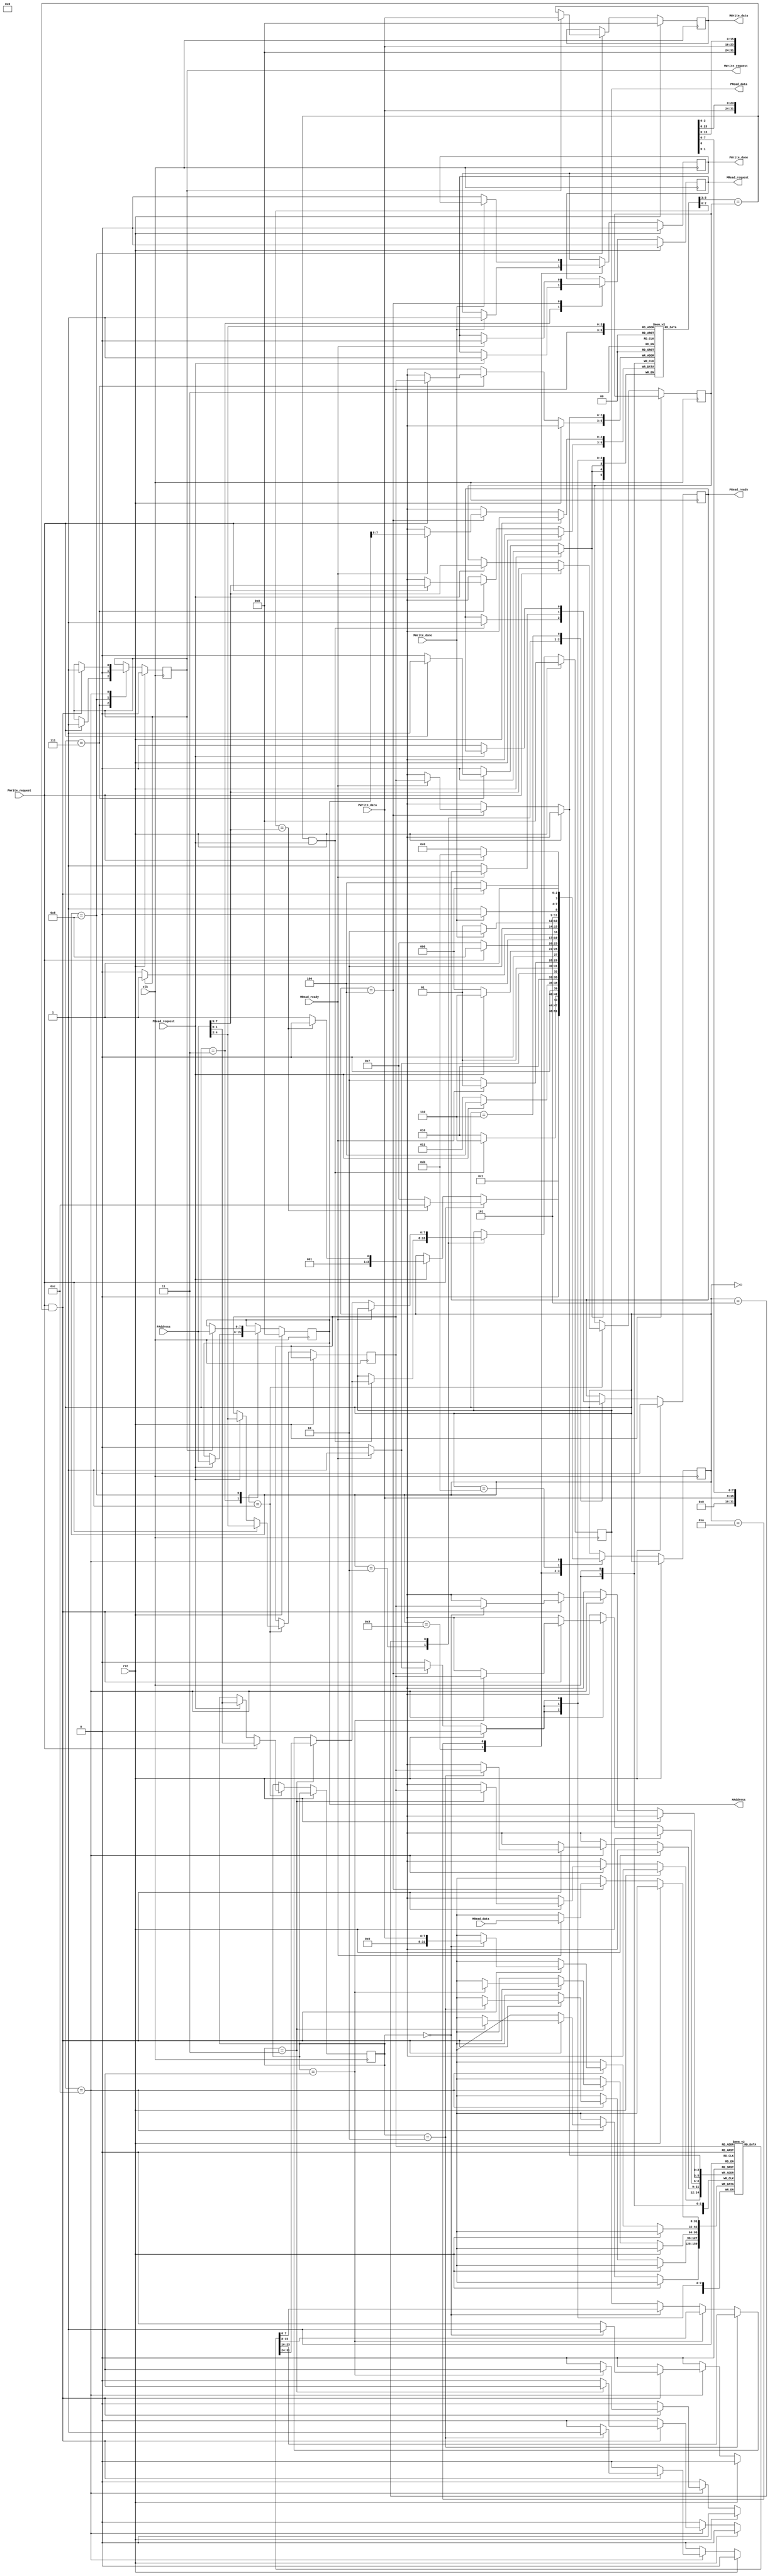
`timescale 1ns / 1ps

module cache(
PRead_request,PWrite_request,PWrite_data,PAddress,PRead_data,PRead_ready,PWrite_done,MRead_request,MWrite_request,MWrite_data,MAddress,MRead_data,MRead_ready,MWrite_done,clk,rst
    );
input PRead_request;
input PWrite_request;
input [7:0] PWrite_data;
input [7:0] PAddress;
output reg [7:0] PRead_data;
output reg PRead_ready;
output reg PWrite_done;

output reg MRead_request;
output reg MWrite_request;
output reg [7:0] MWrite_data;
output reg [7:0] MAddress;
input [31:0] MRead_data;
input MRead_ready;
input MWrite_done;
input clk,rst; 
    reg valid_bit [7:0];//one bit of valid data for each cache memory block
    reg [2:0] tag;//tag bits
    reg [2:0] index;//defines which block is selected in the cache memory
    reg [1:0] byte_offset;//defines which byte of a specific block is selected in cache memory
    reg [2:0] cache_tag_table [7:0];//cache tag table 
    reg [31:0] cache_memory [7:0];//cache memory 
    integer i =0;
    initial begin
   
   
    end
    reg [3:0] state=0;//states initialised
   
    always @(posedge clk)
    begin
    
    if(rst)//when we give reset signal
    begin
    for(i=0;i<8;i=i+1)begin//valid bits
     valid_bit[i]<=0;
    end
     MAddress<=0;
     MWrite_data<=0;
     MWrite_request<=0;
     MRead_request<=0;
     PRead_data<=0;
     PWrite_done<=0;
     PRead_ready<=0;
        
    end
    else begin// when reset is made zero
    case (state)
    0: begin
     for(i=0;i<8;i=i+1)begin
       valid_bit[i]<=1;//valid bits are made 8'hff
       end
           
    state<=1;
      end
    1:begin
      if(PRead_request==1)begin//when processor requests to read data
    tag=PAddress[7:5];//decomposing address into tag,index and byte_offset bits
    index=PAddress[4:2];
    byte_offset=PAddress[1:0];

    if(cache_tag_table[index]== tag)//checking for hit
    state<=2;//for hit read
    else
    state<=3;//for miss read
     
    end
    if(PWrite_request==1)begin//when processor requests to write data
    tag=PAddress[7:5];//decomposing address into tag,index and byte_offset bits
    index=PAddress[4:2];
    byte_offset=PAddress[1:0];

    if(cache_tag_table[index]== tag)//checking for hit
    state<=12;//for hit write
    else
    state<=7;//for miss write
      
      
    end
    end
    2: begin
  
  
    if(cache_tag_table[index]== tag && PRead_request==1)//when it is read hit
    begin
    if(byte_offset==2'd0)begin PRead_data<=cache_memory[index][7:0]; end//depending upon the byte_offset,PRead_data is updated according to the byte selected of a specific block in cache memory
    if(byte_offset==2'd1) begin PRead_data<=cache_memory[index][15:8]; end
    if(byte_offset==2'd2) begin PRead_data<=cache_memory[index][23:16]; end
    if(byte_offset==2'd3) begin PRead_data<=cache_memory[index][31:24];end
    PRead_ready<=1;//PRead_ready is made 1
    state<=6;
    end
  else 
    state<=2;
    end
    3:begin
    
    if(PRead_request==1)//when it is a read miss
    begin
   
    MAddress<=PAddress;//update MAddress with PAddress
    MRead_request<=1;//Now MRead_request is made 1
    state<=4;
    end
  else
    state<=3;
    end
    4: begin
    if(MRead_ready == 1)//waits for data to be available from main memory and when MRead_ready is 1 this block is evaluated
    begin
    cache_memory[index]<=MRead_data;//the data from memory is given into a specific block of cache_memory
    cache_tag_table[index]<=MAddress[7:5];//the specific block of cache tag table is updated using the tag bits of MAddress
    MRead_request<=0;//MRead_request is made zero after every memory access
    state<=5;
    
    end
  else
    state<=4;
   end
   5: begin
   if (MRead_ready==0)begin//once data has been transferred to cache memory from main memory, depending upon the byte offset,PRead_data is updated
         if(byte_offset==2'd0)begin PRead_data<=cache_memory[index][7:0]; end
    if(byte_offset==2'd1) begin PRead_data<=cache_memory[index][15:8]; end
    if(byte_offset==2'd2) begin PRead_data<=cache_memory[index][23:16]; end
    if(byte_offset==2'd3) begin PRead_data<=cache_memory[index][31:24];end
     PRead_ready<=1;//once PRead_data is updated, PRead_ready is set to 1
   state<=6;
   end
 else
  state<=5;
   end
    6: begin
    if(PRead_request==0)//waits for data to get transferred to PRead_data, ONce we get PRead_request as 0 we evaluate this block 
    begin
    PRead_ready<=0;//PRead_ready made to 0
    state<=0;
    end
    else
    state<=6;
    end
    
      7:begin//when it is write miss
      if(PWrite_request==1)begin//when PWrite_request is set to 1
      MWrite_request<=1;//as it is a miss, only memory is updated so MWrite_request is set to 1
      cache_tag_table[index]<=PAddress[7:5];  //tag bits are given to cache tag table
      state<=8;
      end
      else
      state<=7;
      end
      8:  begin
      if(MWrite_request==1)begin//to write to memory,MWrite_request is made to 1
        MAddress<=PAddress;//PAddress is given to MAddress
        MWrite_data<=PWrite_data;//PWrite_data is given to MWrite_data
        MWrite_request<=0;//once MWrite_data is updated,MWrite_request is cleared
        state<=9;
        end
        else 
          state<=8;
          
        end
       9:begin
         
       if(MWrite_done==1)begin// when MWrite_data is updated, it waits for MWrite_done
         PWrite_done<=1;//PWrite_done is cleared
         state<=10;
         end
         else 
           state<=9;
         end
       10:  begin
         if(MWrite_done==0)begin
         PWrite_done<=0;//PWrite_done is cleared
           state<=11;
           end
           else
           state<=10;
       end 
       11:begin
         if(PWrite_request==0)begin
           state<=0;
           end
           else
           state<=11;
         end
         12:begin
           if(PWrite_request==1 && cache_tag_table[index]== tag)//when it is a write hit
             begin//we need to write to both cache and memory
             MWrite_request<=1;//for memory write 
             if(byte_offset==2'd0)begin cache_memory[index][7:0]<=PWrite_data; end//depending upon the byte_offset, specific block of cache memory id updated with PWrite_data
             if(byte_offset==2'd1) begin cache_memory[index][15:8]<=PWrite_data; end
             if(byte_offset==2'd2) begin cache_memory[index][23:16]<=PWrite_data; end
             if(byte_offset==2'd3) begin cache_memory[index][31:24]<=PWrite_data;end
            
             
             state<=8;
             end
             else
               state<=12;
           end
endcase
end
end   
endmodule